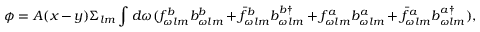
\phi = A ( x - y ) \Sigma _ { l m } \int d \omega ( f _ { \omega l m } ^ { b } b _ { \omega l m } ^ { b } + \bar { f } _ { \omega l m } ^ { b } b _ { \omega l m } ^ { b \dagger } + f _ { \omega l m } ^ { a } b _ { \omega l m } ^ { a } + \bar { f } _ { \omega l m } ^ { a } b _ { \omega l m } ^ { a \dagger } ) ,